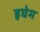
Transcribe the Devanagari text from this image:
इघेम